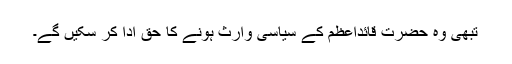
تبھی وہ حضرت قائداعظمؒ کے سیاسی وارث ہونے کا حق ادا کر سکیں گے۔